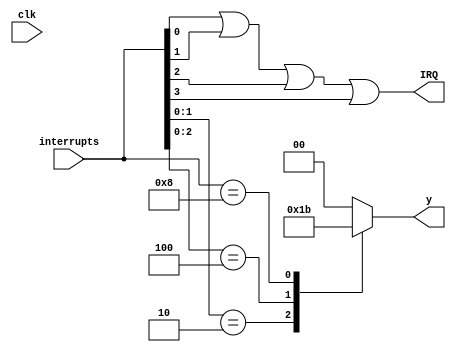
module priority_encoder(
        input  wire  [3:0] interrupts,
        input  wire  clk,
        output reg   [1:0] y,
        // we can move the OR gate into the priority encoder if we use a validity flag
        output wire         IRQ
    );
    reg valid;
    
    initial begin
        valid = 1'b0;
    end
    
    always @(interrupts) begin
        casex(interrupts)
            // 0 is highest priority, 3 is lowest, valid is 1 when interrupt is active
            // Priority 0
            4'bxxx1 : begin
                        y = 2'b00;
                      end
            // Priority 1
            4'bxx10 : begin
                        y = 2'b01;
                      end
            // Priority 2
            4'bx100 : begin
                        y = 2'b10;                    
                      end
            // Priority 3
            4'b1000 : begin
                        y = 2'b11;                       
                      end
            // No interrupt
            default:  begin 
                        y = 2'b00;
                      end
        endcase
      end
    //assign IRQ = valid;
    assign IRQ = interrupts[0] | interrupts[1] | interrupts[2] | interrupts[3];
endmodule